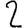
Digit: 2